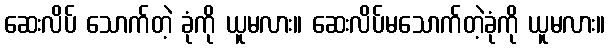
ဆေးလိပ် သောက်တဲ့ ခုံကို ယူမလား။ ဆေးလိပ်မသောက်တဲ့ခုံကို ယူမလား။